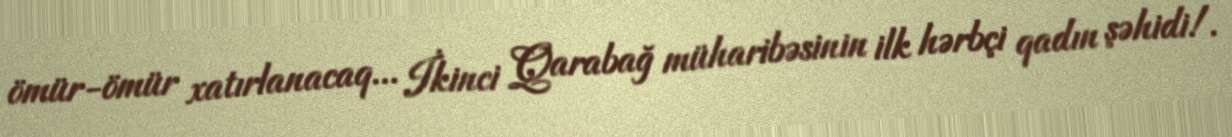
ömür-ömür xatırlanacaq... İkinci Qarabağ müharibəsinin ilk hərbçi qadın şəhidi!.